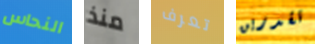
النحاس منذ تعرف تقدرين